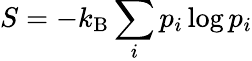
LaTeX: S=-k_{\mathrm{B}}\sum_{i}p_{i}\log p_{i}